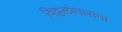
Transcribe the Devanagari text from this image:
विट्ठलोपासना